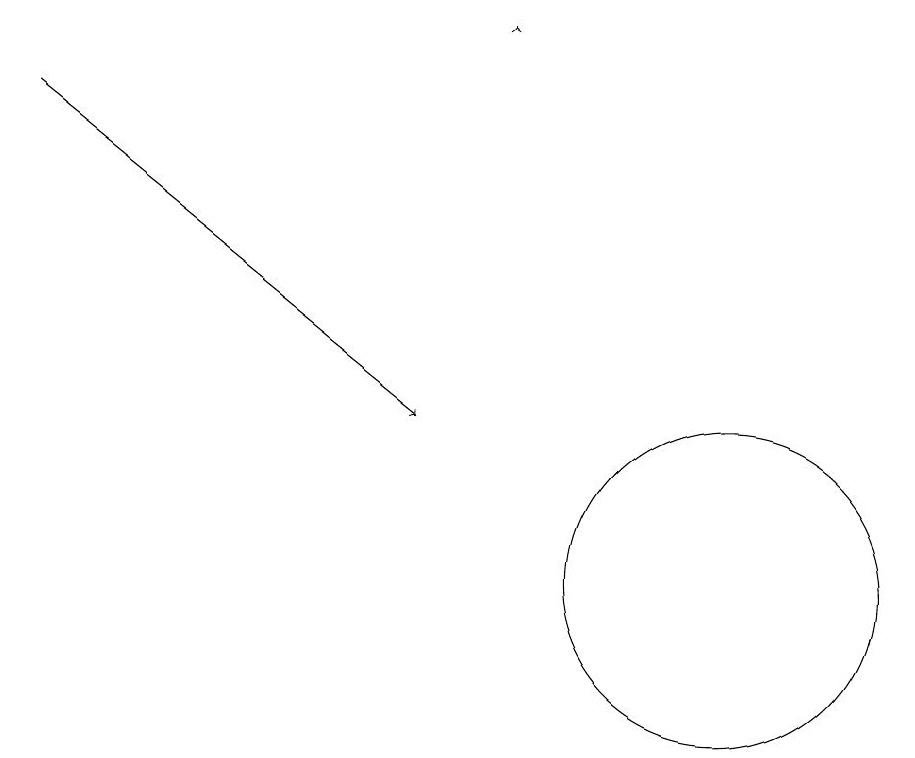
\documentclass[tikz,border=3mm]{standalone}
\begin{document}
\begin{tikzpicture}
\draw[->] (1,16) -- (6,12);
\draw (10,10) circle (2);
\draw[->] (7,17) -- (7,17);
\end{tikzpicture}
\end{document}